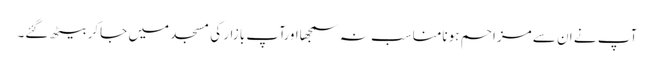
آپ نے ان سے مزاحم ہونامناسب نہ سمجھااورآپ بازار کی مسجد میں جاکر بیٹھ گئے۔